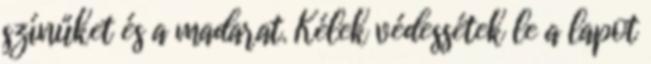
színűket és a madarat. Kélek védessétek le a lapot